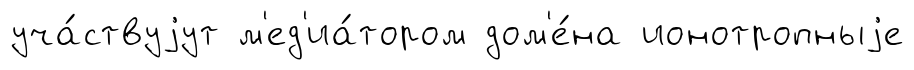
уча́ствуjут м'ед'иа́тором дом'е́на ионотропныjе